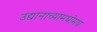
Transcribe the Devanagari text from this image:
उद्यानाच्यामधोमध